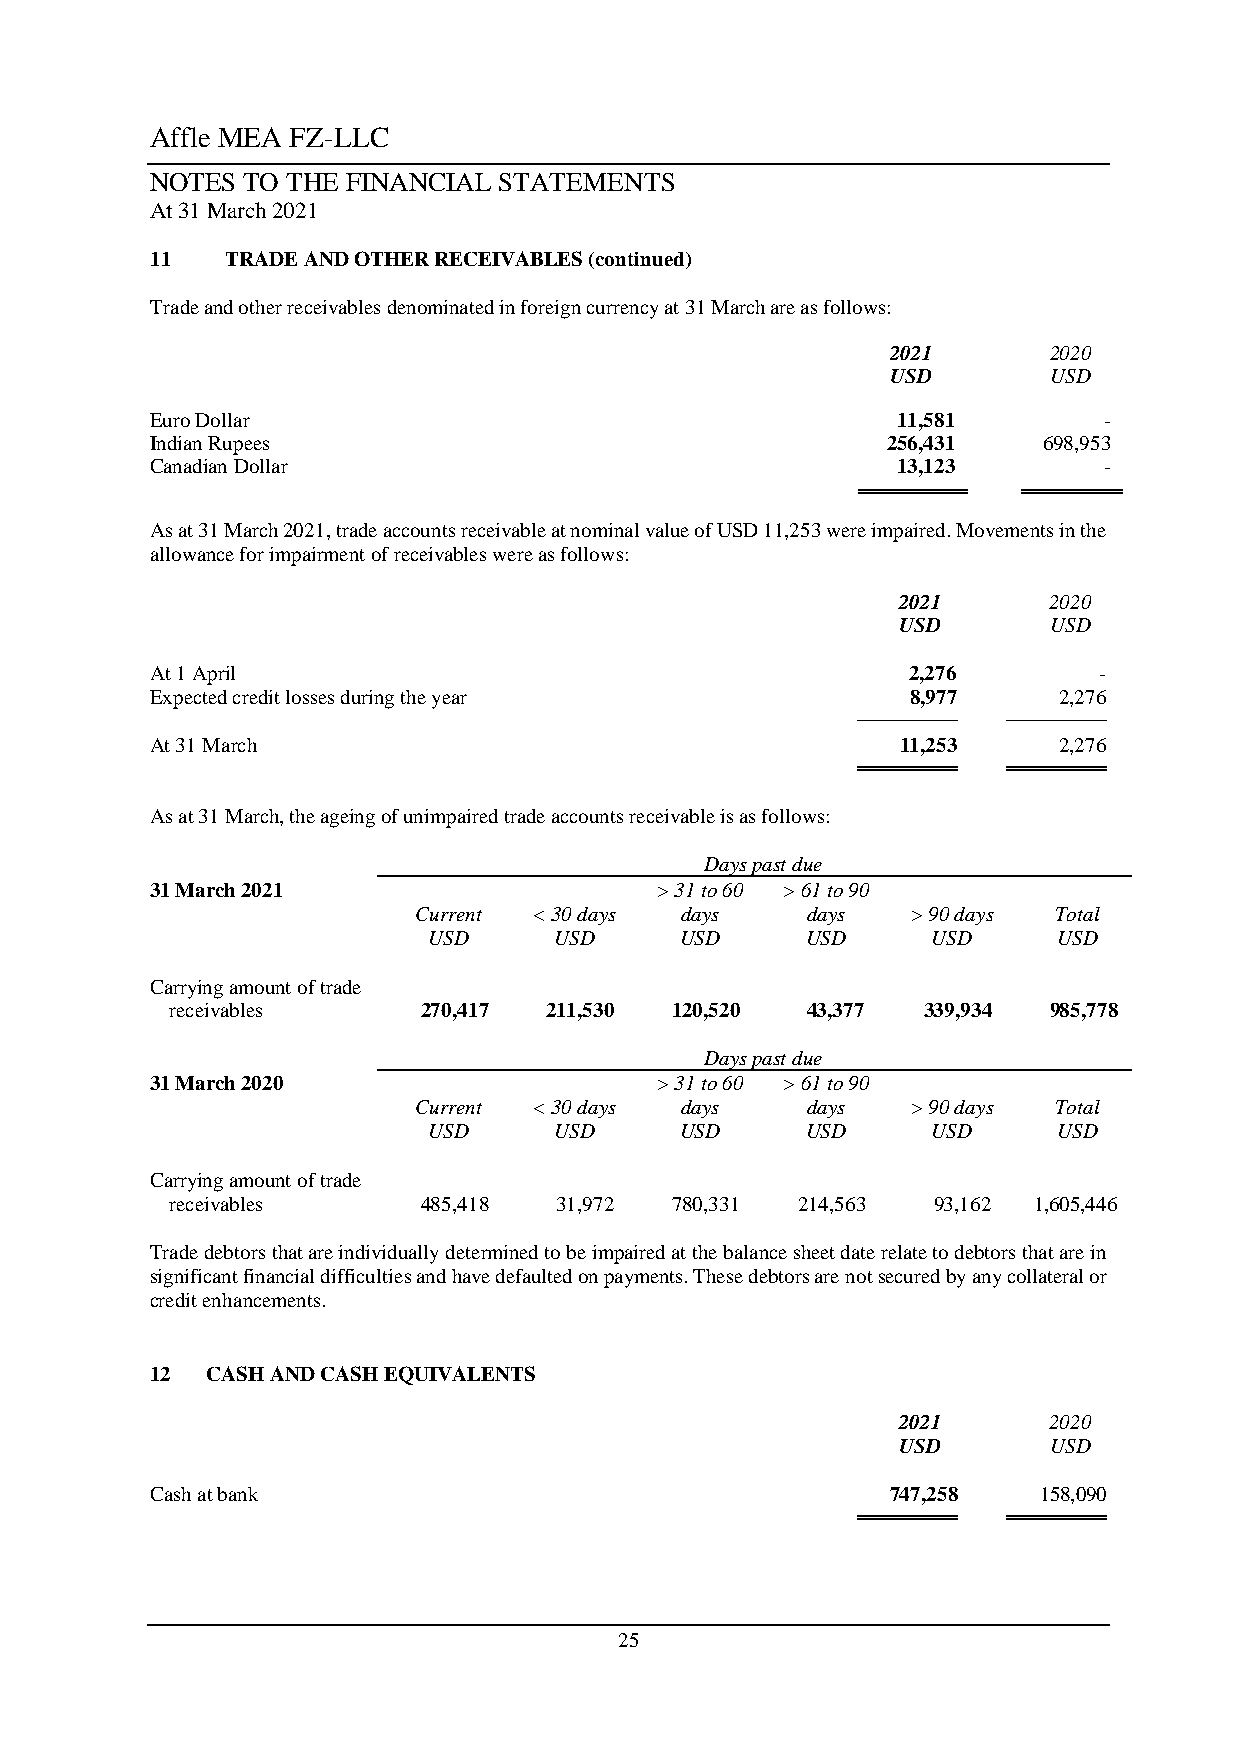
Affle MEA FZ-LLC
 NOTES TO THE FINANCIAL STATEMENTS
 At 31 March 2021
 11   TRADE AND OTHER RECEIVABLES (continued)
 Trade and other receivables denominated in foreign currency at 31 March are as follows:
 2021      2020
 USD       USD
 Euro Dollar                                      11,581        -
 Indian Rupees                                    256,431   698,953
 Canadian Dollar                                  13,123        -
 As at 31 March 2021, trade accounts receivable at nominal value of USD 11,253 were impaired. Movements in the
 allowance for impairment of receivables were as follows:
 2021      2020
 USD       USD
 At 1 April                                        2,276        -
 Expected credit losses during the year            8,977     2,276
 ────────  ────────
 At 31 March                                       11,253    2,276
 ════════  ════════
 As at 31 March, the ageing of unimpaired trade accounts receivable is as follows:
 Days past due
 31 March 2021                    > 31 to 60 > 61 to 90
 Current < 30 days days    days   > 90 days Total
 USD      USD     USD     USD      USD     USD
 Carrying amount of trade
 receivables      270,417 211,530 120,520  43,377  339,934 985,778
 Days past due
 31 March 2020                    > 31 to 60 > 61 to 90
 Current < 30 days days    days   > 90 days Total
 USD      USD     USD     USD      USD     USD
 Carrying amount of trade
 receivables      485,418  31,972 780,331  214,563  93,162 1,605,446
 Trade debtors that are individually determined to be impaired at the balance sheet date relate to debtors that are in
 significant financial difficulties and have defaulted on payments. These debtors are not secured by any collateral or
 credit enhancements.
 12  CASH AND CASH EQUIVALENTS
 2021      2020
 USD       USD
 Cash at bank                                     747,258   158,090
 ════════  ════════
 25